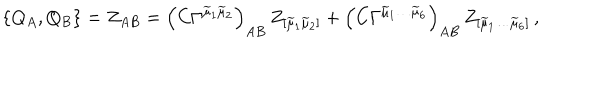
\{ Q _ { A } , Q _ { B } \} = Z _ { A B } = \left( C \Gamma ^ { \widetilde { \mu } _ { 1 } \widetilde { \mu } _ { 2 } } \right) _ { A B } \, Z _ { [ \widetilde { \mu } _ { 1 } \widetilde { \mu } _ { 2 } ] } + \left( C \Gamma ^ { \widetilde { \mu } _ { 1 } \ldots \widetilde { \mu } _ { 6 } } \right) _ { A B } \, Z _ { [ \widetilde { \mu } _ { 1 } \ldots \widetilde { \mu } _ { 6 } ] } \, ,